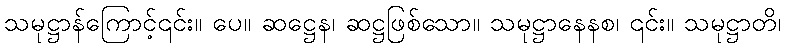
သမုဋ္ဌာန်ကြောင့်၎င်း။ ပေ။ ဆဋ္ဌေန၊ ဆဋ္ဌဖြစ်သော။ သမုဋ္ဌာနေနစ၊ ၎င်း။ သမုဋ္ဌာတိ၊